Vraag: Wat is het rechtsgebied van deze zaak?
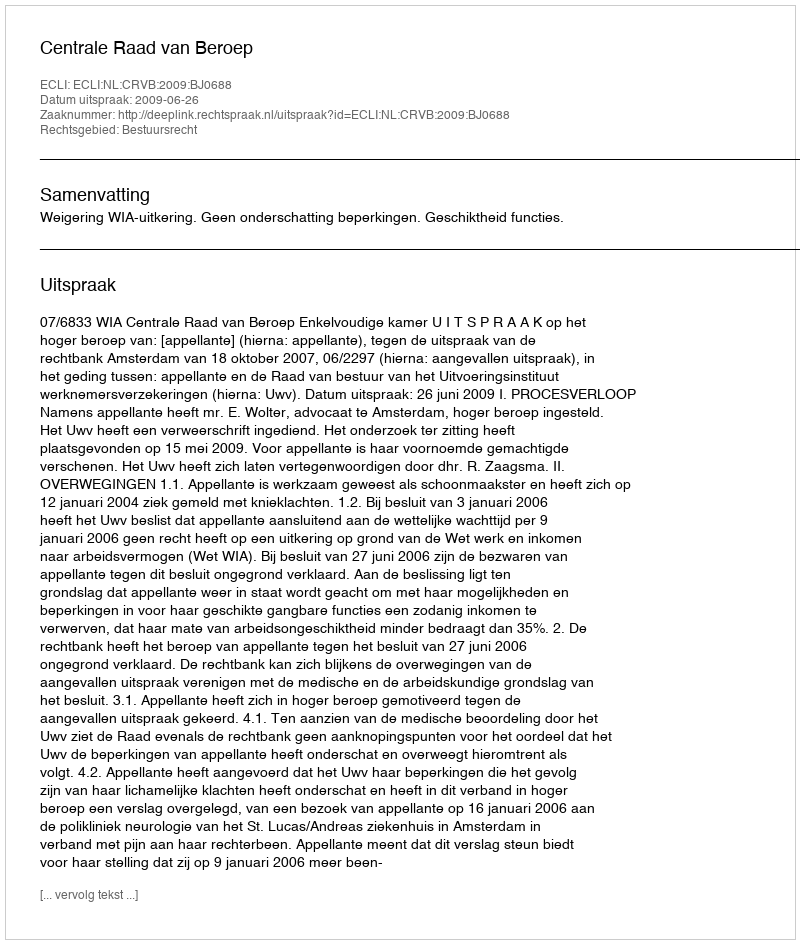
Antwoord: Bestuursrecht